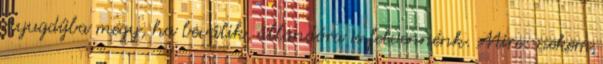
nyugdíjba megy, ha beválik, állandóra is felvennénk. Mire: nekem